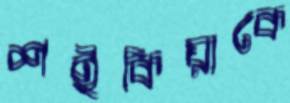
শইকিয়াকে